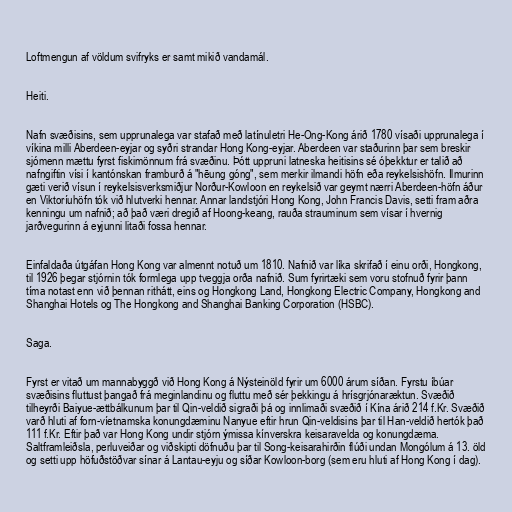
Loftmengun af völdum svifryks er samt mikið vandamál.

Heiti.

Nafn svæðisins, sem upprunalega var stafað með latínuletri He-Ong-Kong árið 1780 vísaði upprunalega í
víkina milli Aberdeen-eyjar og syðri strandar Hong Kong-eyjar. Aberdeen var staðurinn þar sem breskir
sjómenn mættu fyrst fiskimönnum frá svæðinu. Þótt uppruni latneska heitisins sé óþekktur er talið að
nafngiftin vísi í kantónskan framburð á "hēung góng", sem merkir ilmandi höfn eða reykelsishöfn. Ilmurinn
gæti verið vísun í reykelsisverksmiðjur Norður-Kowloon en reykelsið var geymt nærri Aberdeen-höfn áður
en Viktoríuhöfn tók við hlutverki hennar. Annar landstjóri Hong Kong, John Francis Davis, setti fram aðra
kenningu um nafnið; að það væri dregið af Hoong-keang, rauða strauminum sem vísar í hvernig
jarðvegurinn á eyjunni litaði fossa hennar.

Einfaldaða útgáfan Hong Kong var almennt notuð um 1810. Nafnið var líka skrifað í einu orði, Hongkong,
til 1926 þegar stjórnin tók formlega upp tveggja orða nafnið. Sum fyrirtæki sem voru stofnuð fyrir þann
tíma notast enn við þennan rithátt, eins og Hongkong Land, Hongkong Electric Company, Hongkong and
Shanghai Hotels og The Hongkong and Shanghai Banking Corporation (HSBC).

Saga.

Fyrst er vitað um mannabyggð við Hong Kong á Nýsteinöld fyrir um 6000 árum síðan. Fyrstu íbúar
svæðisins fluttust þangað frá meginlandinu og fluttu með sér þekkingu á hrísgrjónaræktun. Svæðið
tilheyrði Baiyue-ættbálkunum þar til Qin-veldið sigraði þá og innlimaði svæðið í Kína árið 214 f.Kr. Svæðið
varð hluti af forn-víetnamska konungdæminu Nanyue eftir hrun Qin-veldisins þar til Han-veldið hertók það
111 f.Kr. Eftir það var Hong Kong undir stjórn ýmissa kínverskra keisaravelda og konungdæma.
Saltframleiðsla, perluveiðar og viðskipti döfnuðu þar til Song-keisarahirðin flúði undan Mongólum á 13. öld
og setti upp höfuðstöðvar sínar á Lantau-eyju og síðar Kowloon-borg (sem eru hluti af Hong Kong í dag).